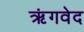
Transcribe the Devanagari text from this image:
ऋंगवेद